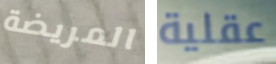
المريضة عقلية